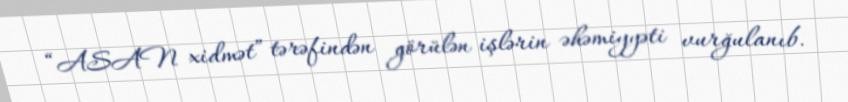
“ASAN xidmət” tərəfindən görülən işlərin əhəmiyyəti vurğulanıb.